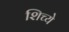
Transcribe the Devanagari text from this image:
शिच्ये